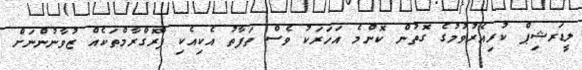
ލީޑަރޝިޕް ކުރިއެރުވުމުގެ ގޮތުން ކޮންމެ އަހަރަކު ވެސް ތަފާތު އެކިއެކި ޕްރޮގްރާމްތަކެއް ޒުވާނުންނަށް